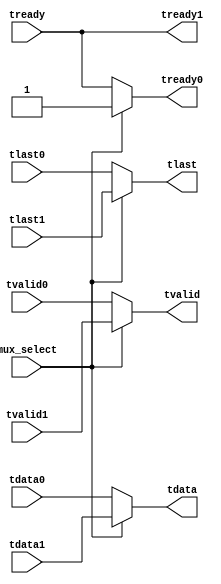
module axi_mux (
   input                   mux_select,

   // mux inputs
   input       [7:0]       tdata0,
   input                   tvalid0,
   input                   tlast0,
   output reg              tready0,
   
   input       [7:0]       tdata1,
   input                   tvalid1,
   input                   tlast1,
   output reg              tready1,
   
   // mux outputs
   output reg  [7:0]       tdata,
   output reg              tvalid,
   output reg              tlast,
   input                   tready
);

always @(mux_select or tdata0 or tvalid0 or tlast0 or tdata1 or 
         tvalid1 or tlast1)
begin
   if (mux_select) begin
      tdata    = tdata1;
      tvalid   = tvalid1;
      tlast    = tlast1;
   end
   else begin
      tdata    = tdata0;
      tvalid   = tvalid0;
      tlast    = tlast0;
   end
end

always @(mux_select or tready)
begin
   if (mux_select) begin
      tready0     = 1'b1;
   end
   else begin
      tready0     = tready;
   end
   tready1     = tready;
end

endmodule